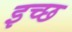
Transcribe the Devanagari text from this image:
इच्छ